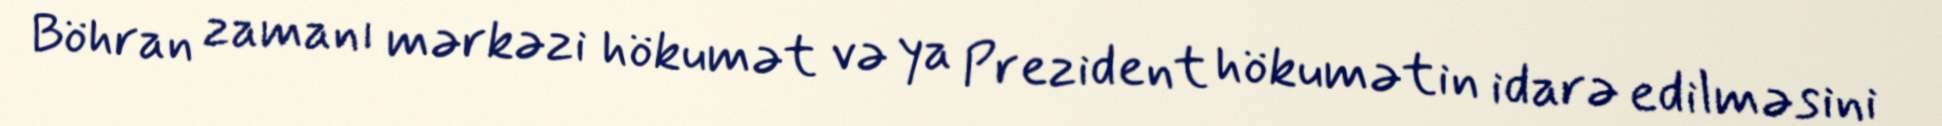
Böhran zamanı mərkəzi hökumət və ya Prezident hökumətin idarə edilməsini